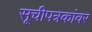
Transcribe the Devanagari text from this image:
सूचीपत्रकांवर